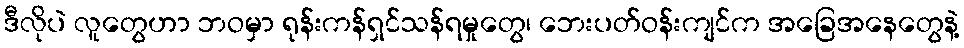
ဒီလိုပဲ လူတွေဟာ ဘဝမှာ ရုန်းကန်ရှင်သန်ရမှုတွေ၊ ဘေးပတ်ဝန်းကျင်က အခြေအနေတွေနဲ့